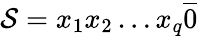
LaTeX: {\cal S}=x_{1}x_{2}\dots x_{q}\overline{{0}}